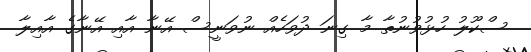
ސްކޫލު ހުޅުވުނުތާ މާ ގިނަ ދުވަހެއް ނުވަނީސް އޭނާ އާއި އޭނާގެ އާއިލާ